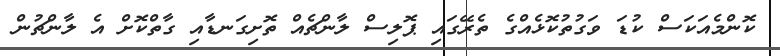
ކޮންމެއަކަސް ކުޑަ ވަގުތުކޮޅެއްގެ ތެރޭގައި ޕޮލިސް ލާންޗެއް ތޮށިގަނޑާއި ގާތްކޮށް އެ ލާންޗުން